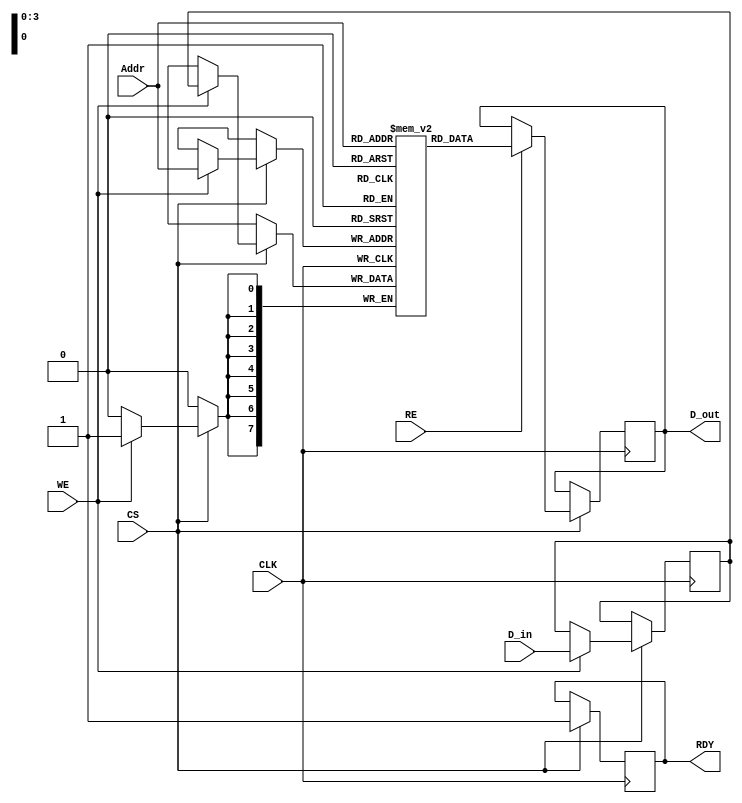
module FeRAM_IO_Block (
    input wire [7:0] D_in,      // Data Input
    input wire [3:0] Addr,      // Address Input
    input wire WE,              // Write Enable
    input wire RE,              // Read Enable
    input wire CS,              // Chip Select
    input wire CLK,             // Clock
    output reg [7:0] D_out,     // Data Output
    output reg RDY              // Ready signal
);

    // Internal data latch
    reg [7:0] data_latch;
    // Memory array (for simplicity, using a small array)
    reg [7:0] memory_array [0:15]; // 16 x 8-bit memory cells

    // State for readiness
    initial begin
        RDY = 1'b1; // Initially ready
    end

    // Main I/O block logic
    always @(posedge CLK) begin
        if (CS) begin
            RDY <= 1'b0; // Not ready when processing

            // Write Operation
            if (WE) begin
                data_latch <= D_in; // Latch the input data
                memory_array[Addr] <= data_latch; // Write to memory
            end

            // Read Operation
            if (RE) begin
                D_out <= memory_array[Addr]; // Read from memory
            end

            RDY <= 1'b1; // Ready after operation
        end
    end

endmodule